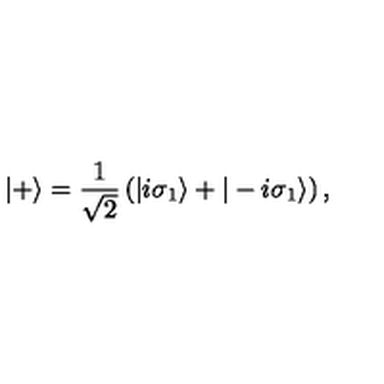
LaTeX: | + \rangle = { \frac { 1 } { \sqrt { 2 } } } \left( | i \sigma _ { 1 } \rangle + | - i \sigma _ { 1 } \rangle \right) ,